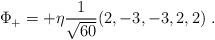
LaTeX: \begin{align*}\Phi_+ = + \eta {1\over \sqrt{60}} (2,-3,-3,2,2) \ .\end{align*}